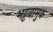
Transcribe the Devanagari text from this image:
भट्टवामुक